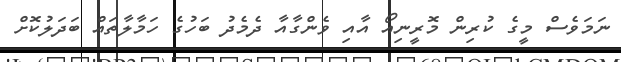
ނަމަވެސް މީގެ ކުރިން މޮރީނިއޯ އާއި ވެންގާއާ ދެމެދު ބަހުގެ ހަމާލާތައް ބަދަލުކޮށް